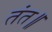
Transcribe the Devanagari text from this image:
तंत॥